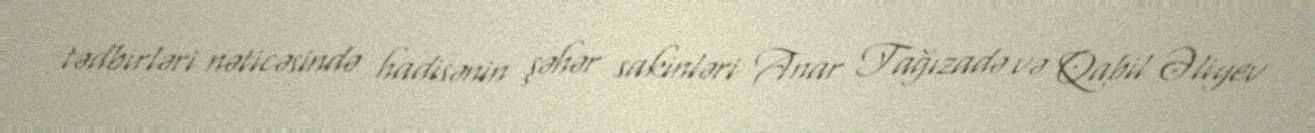
tədbirləri nəticəsində hadisənin şəhər sakinləri Anar Tağızadə və Qabil Əliyev